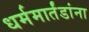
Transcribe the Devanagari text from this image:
धर्ममार्तंडांना